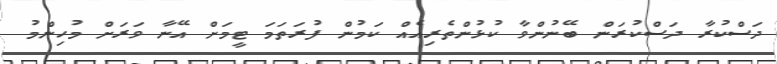
ދަސްކުރާ ދަސްކުރަން ބޭނުންވާ ކުޅުންތެރިއެއް ކަމުން ފުރަތަމަ ޓީމަށް އޭނާ ވަރަށް މުހިންމު